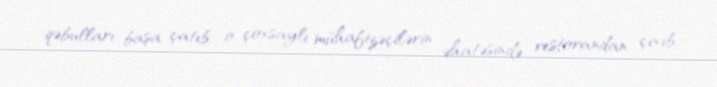
qəbulları başa çatıb, o, çoxsaylı mühafizəçilərin əhatəsində restorandan çıxıb